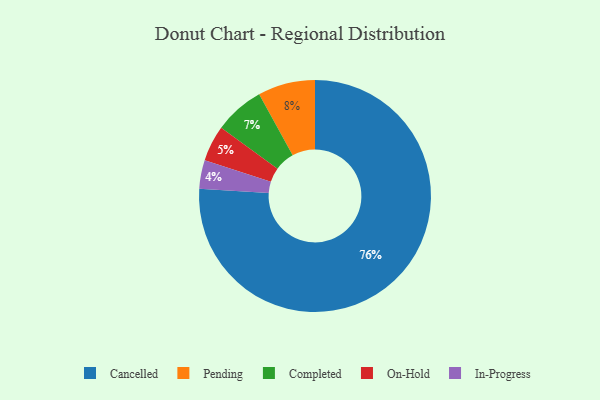
{"axis": {"x": "Category", "y": "Percentage"}, "legend": ["Cancelled", "Completed", "In-Progress", "On-Hold", "Pending"], "data": [{"x": "Pending", "y": 8, "type": "Pending"}, {"x": "In-Progress", "y": 4, "type": "In-Progress"}, {"x": "Cancelled", "y": 76, "type": "Cancelled"}, {"x": "On-Hold", "y": 5, "type": "On-Hold"}, {"x": "Completed", "y": 7, "type": "Completed"}]}